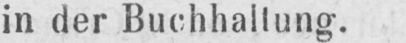
in der Buchhaltung.